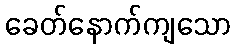
ခေတ်နောက်ကျသော